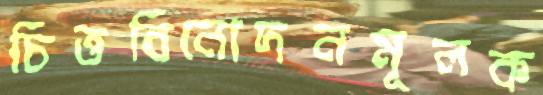
চিত্তবিনোদনমূলক